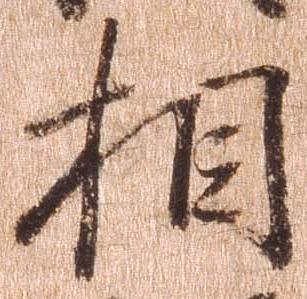
相